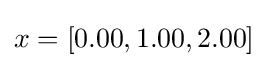
x=[0.00,1.00,2.00]